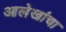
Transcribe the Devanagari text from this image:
आलेखांचा